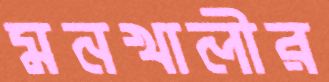
মনখালীর